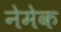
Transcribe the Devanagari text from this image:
नेमेक